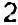
2